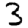
Digit: 3